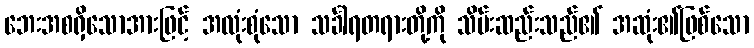
ဘေးအစရှိသောအားဖြင့် အလုံးစုံသော သင်္ခါရတရားတို့ကို သိမ်းဆည်းသည်၏ အဆုံး၏ဖြစ်သော